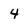
Character: 4